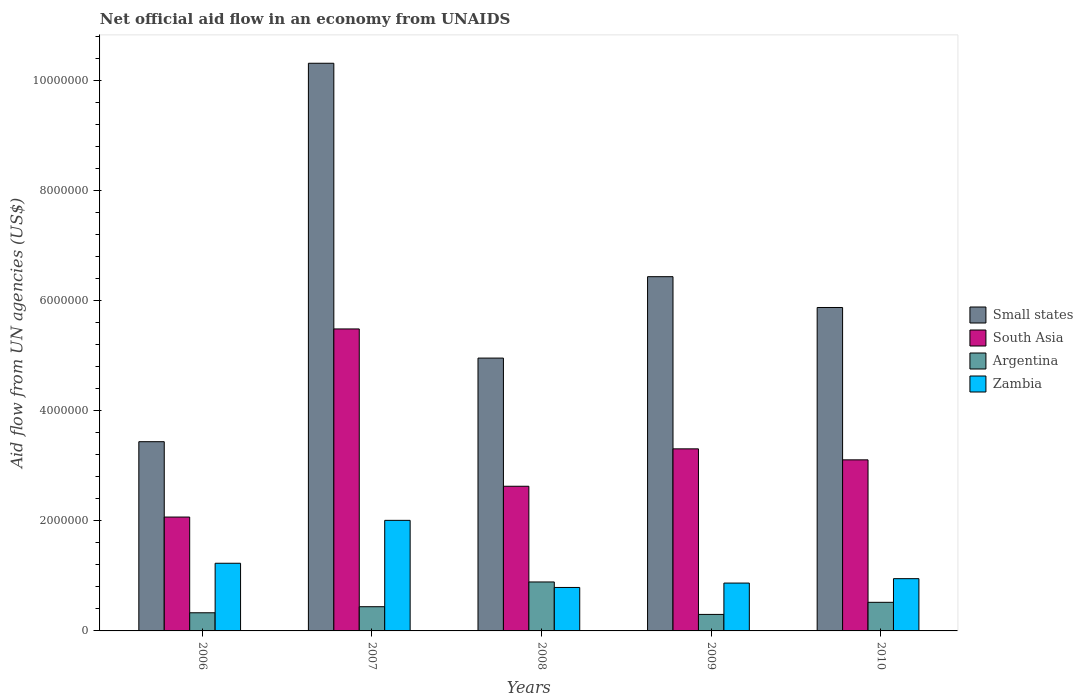
| Years | Small states | South Asia | Argentina | Zambia |
 | --- | --- | --- | --- | --- |
 | 2006 | 3.44e+06 | 2.07e+06 | 3.3e+05 | 1.23e+06 |
 | 2007 | 1.03e+07 | 5.49e+06 | 4.4e+05 | 2.01e+06 |
 | 2008 | 4.96e+06 | 2.63e+06 | 8.9e+05 | 7.9e+05 |
 | 2009 | 6.44e+06 | 3.31e+06 | 3e+05 | 8.7e+05 |
 | 2010 | 5.88e+06 | 3.11e+06 | 5.2e+05 | 9.5e+05 |